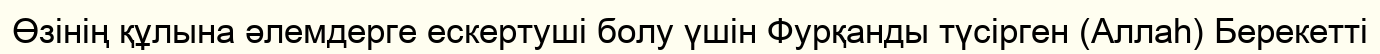
Өзінің құлына әлемдерге ескертуші болу үшін Фурқанды түсірген (Аллаһ) Берекетті